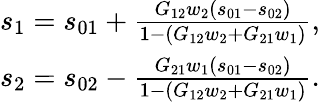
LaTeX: \begin{array}{r}{s_{1}=s_{01}+\frac{G_{12}w_{2}(s_{01}-s_{02})}{1-(G_{12}w_{2}+G_{21}w_{1})},}\\ {s_{2}=s_{02}-\frac{G_{21}w_{1}(s_{01}-s_{02})}{1-(G_{12}w_{2}+G_{21}w_{1})}.}\end{array}